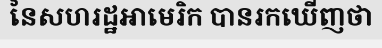
នៃសហរដ្ឋអាមេរិក បានរកឃើញថា